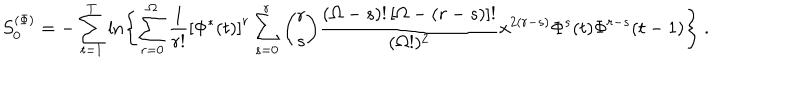
S _ { 0 } ^ { ( \Phi ) } = - \sum _ { t = 1 } ^ { T } \ln \left\{ \sum _ { r = 0 } ^ { \Omega } \frac { 1 } { r ! } \left[ \Phi ^ { * } ( t ) \right] ^ { r } \sum _ { s = 0 } ^ { r } { \binom { r } { s } } \frac { ( \Omega - s ) ! \left[ \Omega - ( r - s ) \right] ! } { ( \Omega ! ) ^ { 2 } } x ^ { 2 ( r - s ) } \Phi ^ { s } ( t ) \Phi ^ { r - s } ( t - 1 ) \right\} \ .